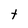
Character: t